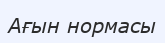
Ағын нормасы